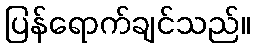
ပြန်ရောက်ချင်သည်။